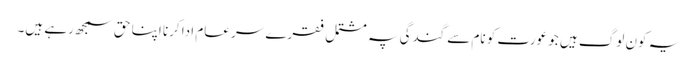
یہ کون لوگ ہیں جو عورت کو نام سے گندگی پہ مشتمل فقرے سر عام ادا کرنا اپنا حق سمجھ رہے ہیں۔